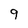
Character: 9